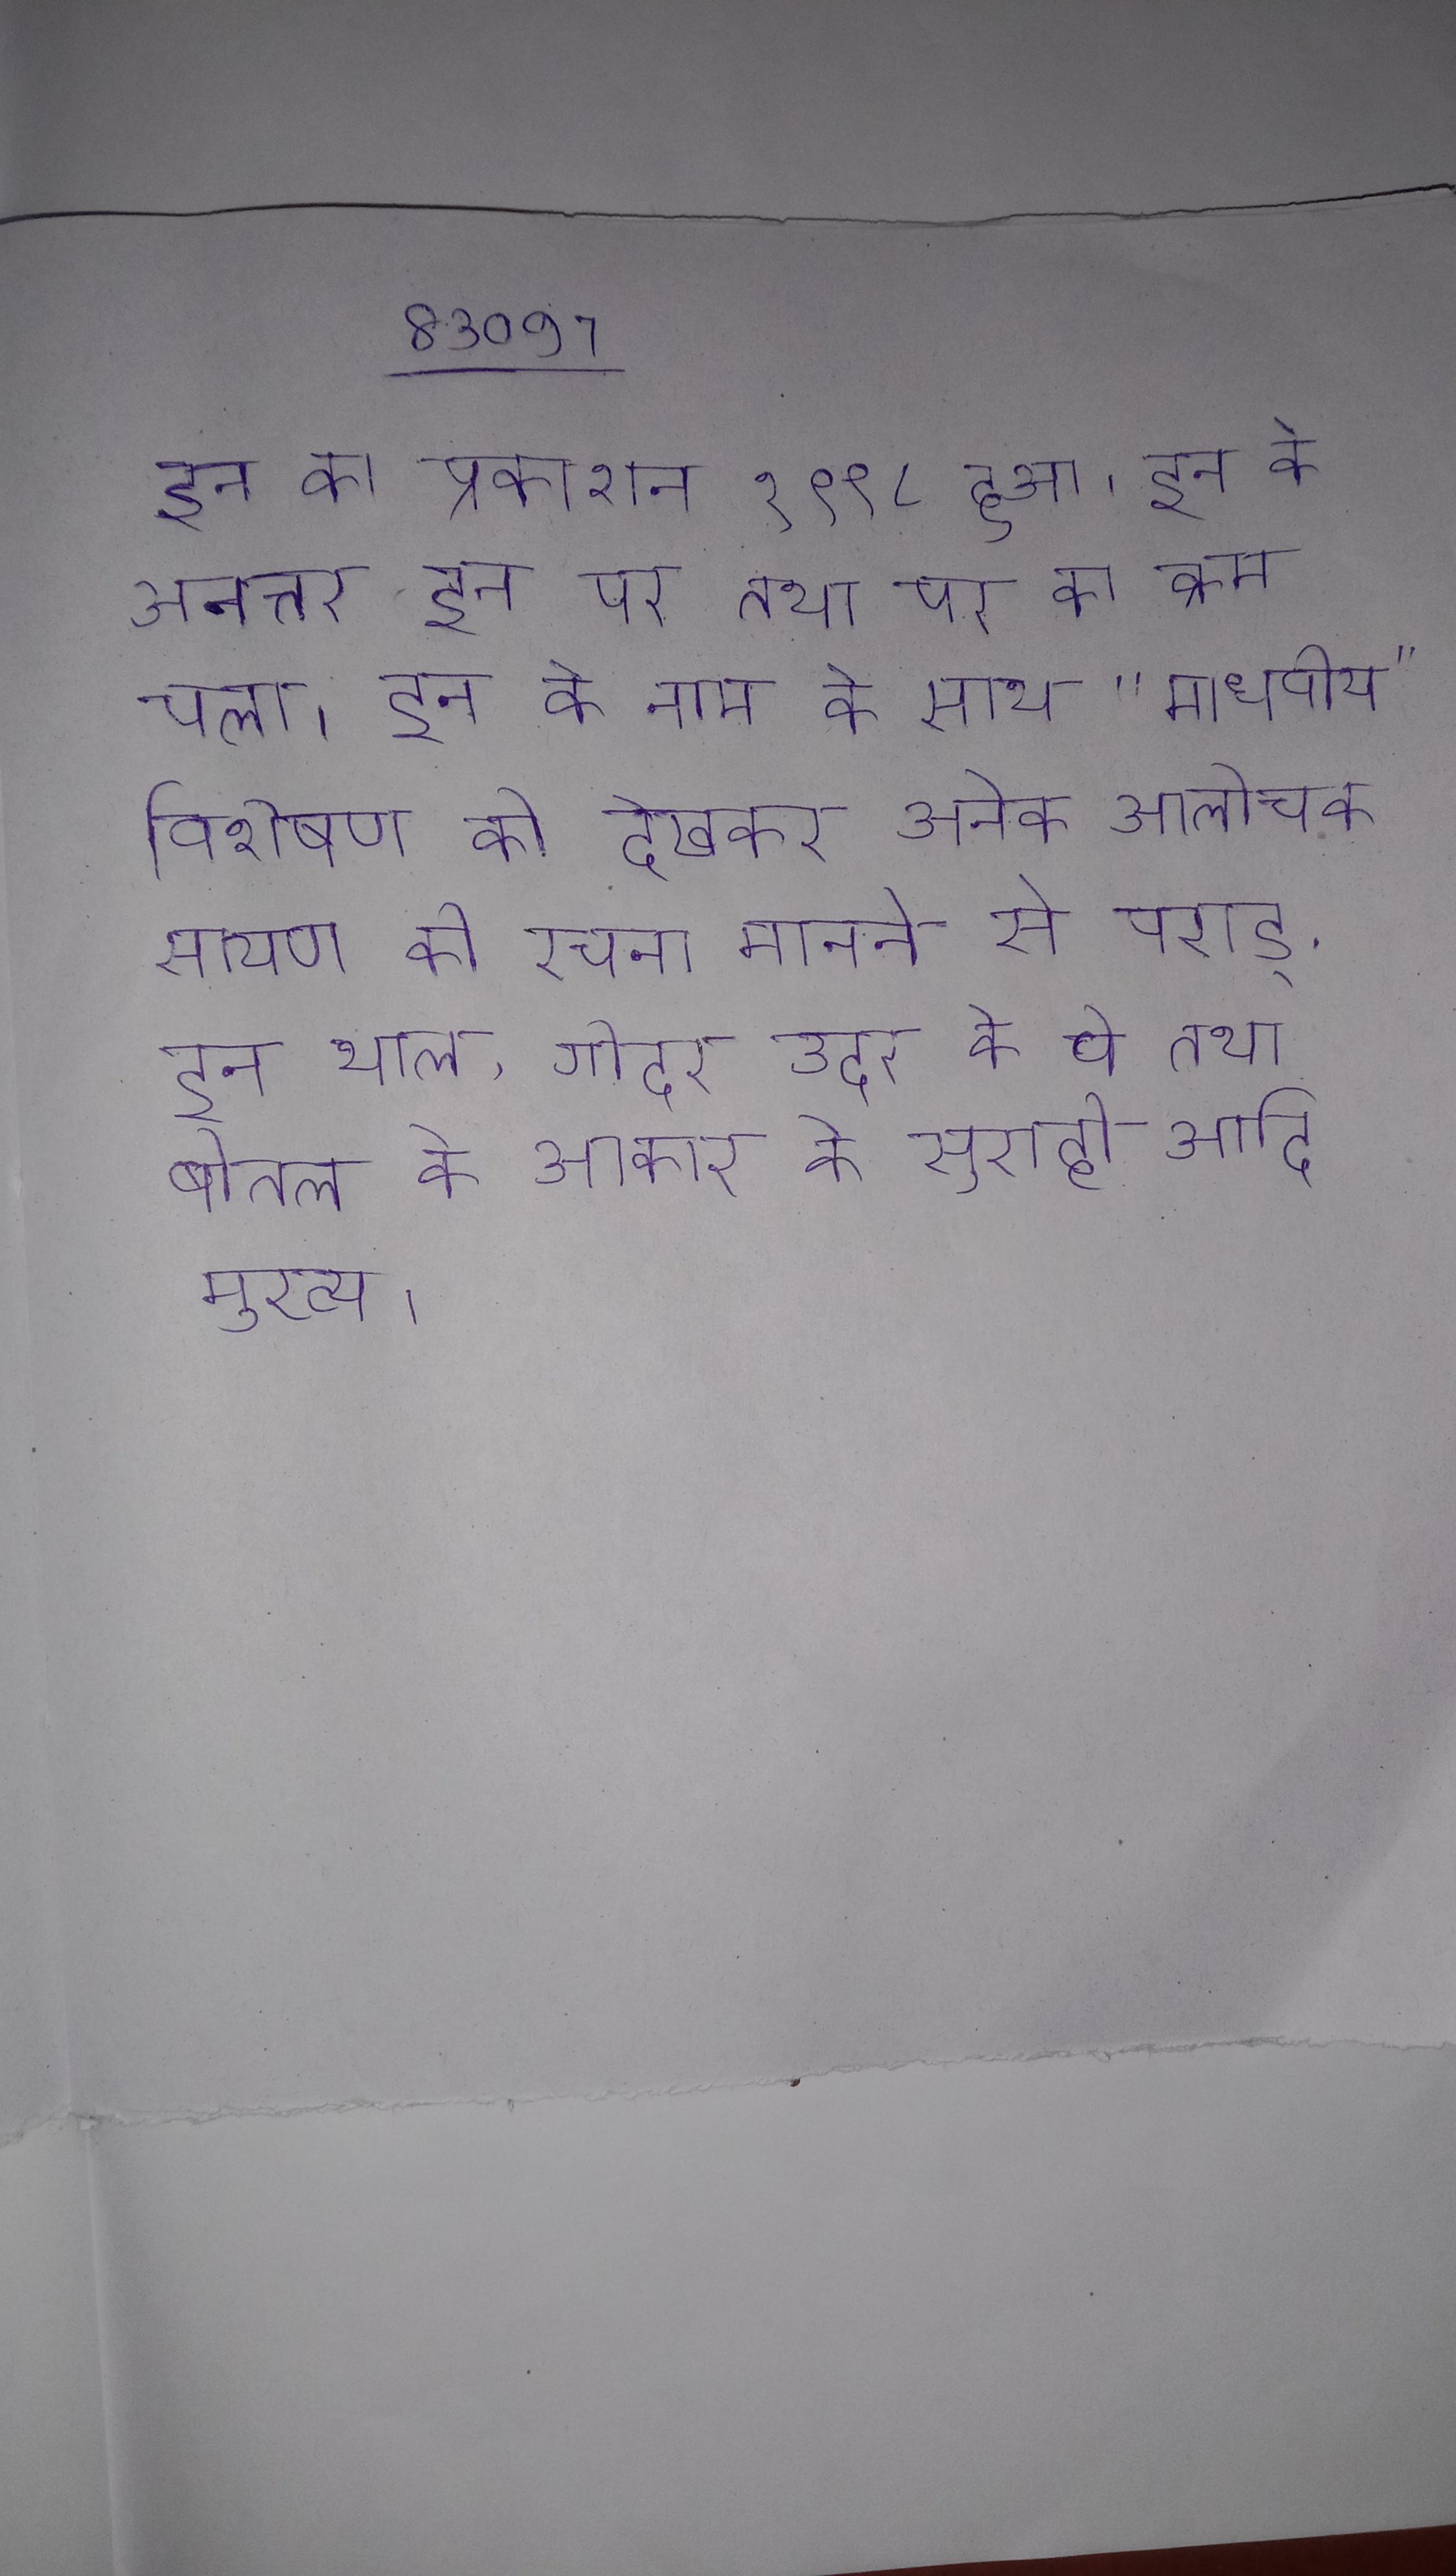
इन का प्रकाशन १९९८ हुआ । इन के अनन्तर इन पर तथा पर का क्रम चला । इन के नाम के साथ "माधवीय" विशेषण को देखकर अनेक आलोचक सायण की रचना मानने से पराड् . इन थाल, गोदर उदर के वे तथा बोतल के आकार के सुराही आदि मुख्य ।